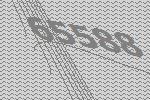
65588